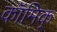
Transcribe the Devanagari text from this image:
कॉमिक्